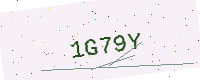
Text: 1G79Y